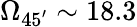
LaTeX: \Omega_{45^{\prime}}\sim 18.3